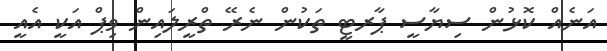
އަނެއް ކޮޅުން ސިޔާސީ ޕާރޓީ ތަކުން ނެރޭ ތްރީލައިން ވިޕް އަކީ އެއީ